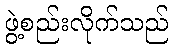
ဖွဲ့စည်းလိုက်သည်